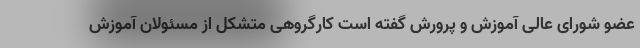
عضو شورای عالی آموزش و پرورش گفته است کارگروهی متشکل از مسئولان آموزش